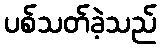
ပစ်သတ်ခဲ့သည်